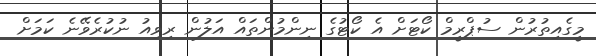
މީގެއިތުރުން ސުޕްރީމް ކޯޓަށް އެ ކޯޓުގެ ނިންމުންތައް އަލުން ރިވިއު ނުކުރެވޭނެ ކަމަށް